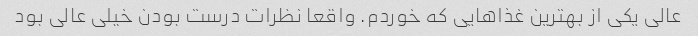
عالی یکی از بهترین غذاهایی که خوردم. واقعا نظرات درست بودن خیلی عالی بود